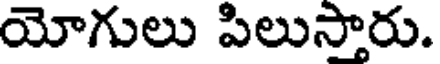
యోగులు పిలుస్తారు.